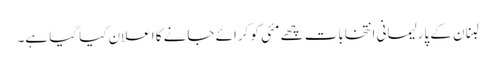
لبنان کے پارلیمانی انتخابات چھے مئی کو کرائے جانے کا اعلان کیا گیا ہے۔